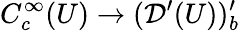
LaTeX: C_{c}^{\infty}(U)\to({\mathcal{D}}^{\prime}(U))_{b}^{\prime}